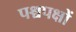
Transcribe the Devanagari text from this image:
पश्चपक्षों